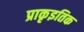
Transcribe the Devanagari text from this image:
प्राकृइतिक